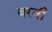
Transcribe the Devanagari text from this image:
बरवी